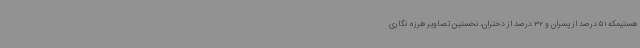
هستیمکه 51 درصد از پسران و 32 درصد از دختران، نخستین تصاویر هرزه نگاری